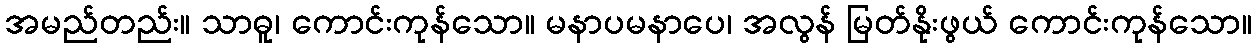
အမည်တည်း။ သာဓူ၊ ကောင်းကုန်သော။ မနာပမနာပေ၊ အလွန် မြတ်နိုးဖွယ် ကောင်းကုန်သော။